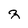
Character: Z